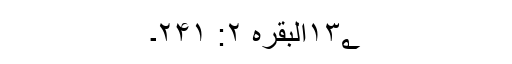
۱۳؂البقرہ ۲: ۲۴۱۔